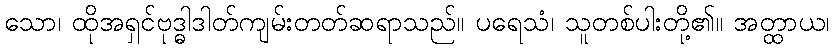
သော၊ ထိုအရှင်ဗုဒ္ဓါဒါတ်ကျမ်းတတ်ဆရာသည်။ ပရေသံ၊ သူတစ်ပါးတို့၏။ အတ္ထာယ၊